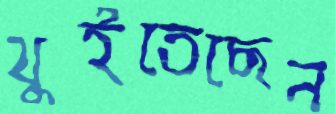
থুইতেছেন